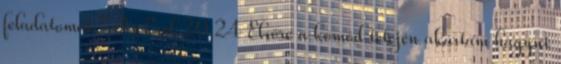
feladatomat.” ApCsel 20,24 Elsőre a komód tetején akartam hagyni